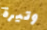
وتيرة